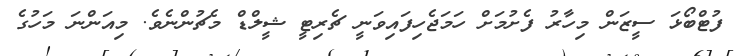
ފުޓްބޯޅަ ސީޒަން މިހާރު ފެށުމަށް ހަމަޖެހިފައިވަނީ ޗެރިޓީ ޝީލްޑް މެޗުންނެވެ. މިއަންނަ މަހުގެ